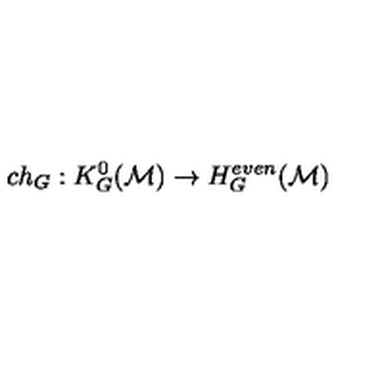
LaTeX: c h _ { G } : K _ { G } ^ { 0 } ( { \cal M } ) \to H _ { G } ^ { e v e n } ( { \cal M } )